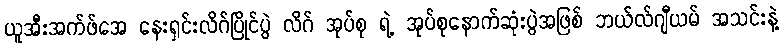
ယူအီးအက်ဖ်အေ နေးရှင်းလိဂ်ပြိုင်ပွဲ လိဂ် အုပ်စု ရဲ့ အုပ်စုနောက်ဆုံးပွဲအဖြစ် ဘယ်လ်ဂျီယမ် အသင်းနဲ့